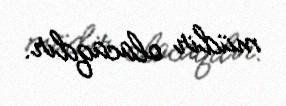
müdir olacaqdır.